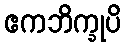
ဧကဘိက္ခုပိ